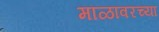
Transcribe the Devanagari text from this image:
माळावरच्या